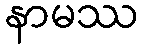
နာမဿ